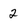
Character: 2